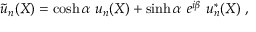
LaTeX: { \tilde { u } } _ { n } ( X ) = \cosh \alpha ~ u _ { n } ( X ) + \sinh \alpha ~ e ^ { i \beta } ~ u _ { n } ^ { * } ( X ) ~ ,